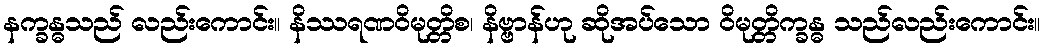
နက္ခန္ဓသည် လည်းကောင်း။ နိဿရဏဝိမုတ္တိစ၊ နိဗ္ဗာန်ဟု ဆိုအပ်သော ဝိမုတ္တိက္ခန္ဓ သည်လည်းကောင်း။